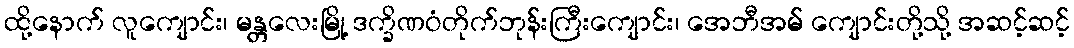
ထို့နောက် လူကျောင်း၊ မန္တလေးမြို့ ဒက္ခိဏဝံတိုက်ဘုန်းကြီးကျောင်း၊ အေဘီအမ် ကျောင်းတို့သို့ အဆင့်ဆင့်